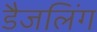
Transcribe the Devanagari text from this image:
डैजलिंग